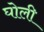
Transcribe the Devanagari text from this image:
घोली